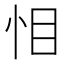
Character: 𭜜